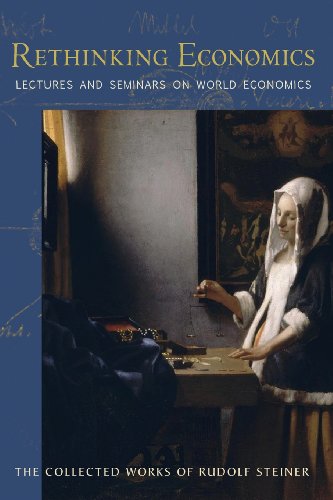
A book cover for Rethinking Economics: Lectures and Seminars on World Economics (Collected Works of Rudolf Steiner); Rudolf Steiner; Literature & Fiction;